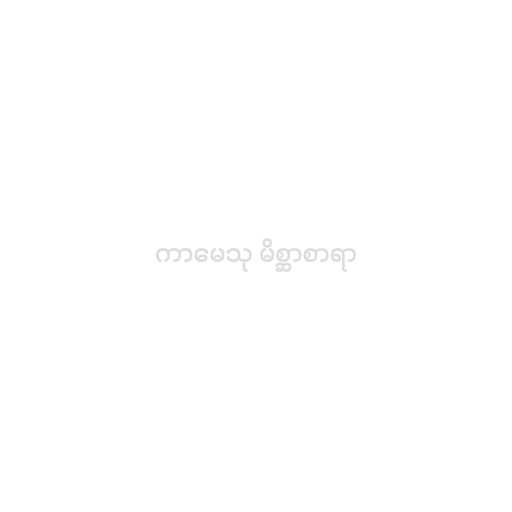
ကာမေသု မိစ္ဆာစာရာ